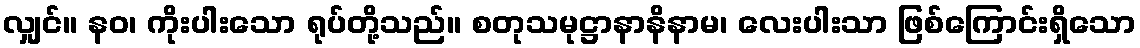
လျှင်။ နဝ၊ ကိုးပါးသော ရုပ်တို့သည်။ စတုသမုဋ္ဌာနာနိနာမ၊ လေးပါးသာ ဖြစ်ကြောင်းရှိသော